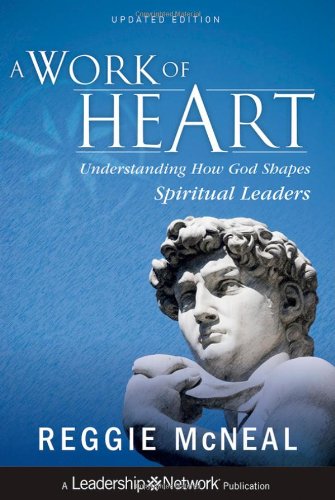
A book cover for A Work of Heart: Understanding How God Shapes Spiritual Leaders; Reggie McNeal; Christian Books & Bibles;